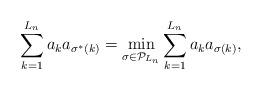
LaTeX: \begin{align*}\sum_{k = 1}^{L_n} a_k a_{\sigma^\ast(k)} = \min_{\sigma \in \mathcal{P}_{L_n}} \sum_{k = 1}^{L_n} a_k a_{\sigma(k)},\end{align*}